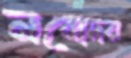
নবোদয়